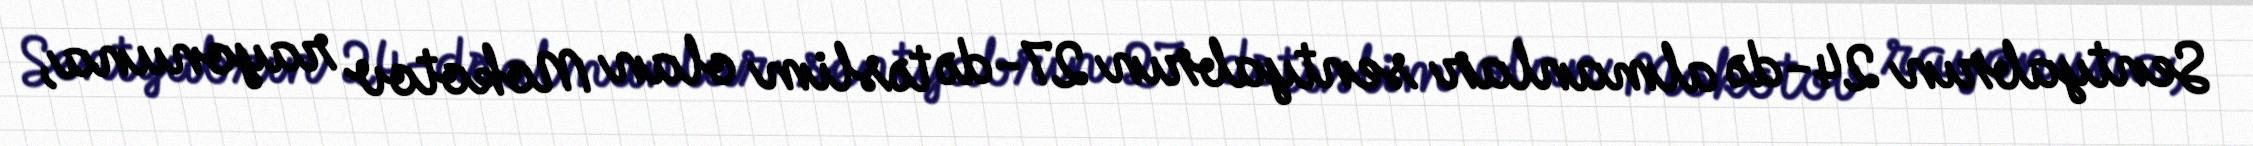
Sentyabrın 24-də almanlar sentyabrın 27-də təslim olan Mokotov rayonuna,